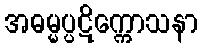
အဓမ္မပ္ပဋိက္ကောသနာ